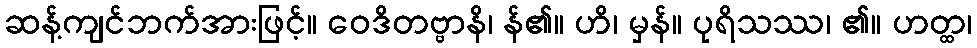
ဆန့်ကျင်ဘက်အားဖြင့်။ ဝေဒိတဗ္ဗာနိ၊ န်၏။ ဟိ၊ မှန်။ ပုရိသဿ၊ ၏။ ဟတ္ထ၊